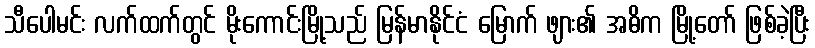
သီပေါမင်း လက်ထက်တွင် မိုးကောင်းမြို့သည် မြန်မာနိုင်ငံ မြောက် ဖျား၏ အဓိက မြို့တော် ဖြစ်ခဲ့ပြီး